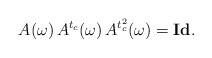
LaTeX: \begin{align*}A(\omega )\,A^{t_c}(\omega )\,A^{t_c^2}(\omega )={\bf Id}.\end{align*}